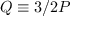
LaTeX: Q \equiv 3 / 2 P